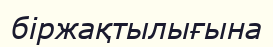
біржақтылығына